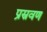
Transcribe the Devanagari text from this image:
प्रस्रवण